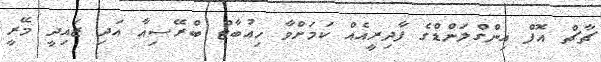
ޗާޗް އޮފް އިންގްލަންޑްގެ ފާދިރީއެއް ކަމަށްވާ ހިއުބާޓް ބްރޭސިއާ އަދި ޒައިދީ މޭރީ